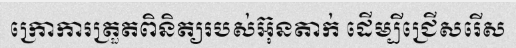
ក្រោការត្រួតពិនិត្យរបស់អ៊ុនតាក់ ដើម្បីជ្រើសរើស